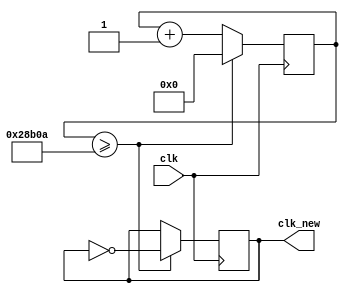
`timescale 1ns / 1ps
/**
 * 30 Hz Clock for color selector
 */

module clk_30hz(
    input clk,
    output reg clk_new
    );
    
    reg [17:0] count = 0;
    
    always @(posedge clk) begin
        clk_new <= (count >= 166666) ? ~clk_new : clk_new;
        count <= (count >= 166666) ? 0 : (count + 1);
    end
endmodule